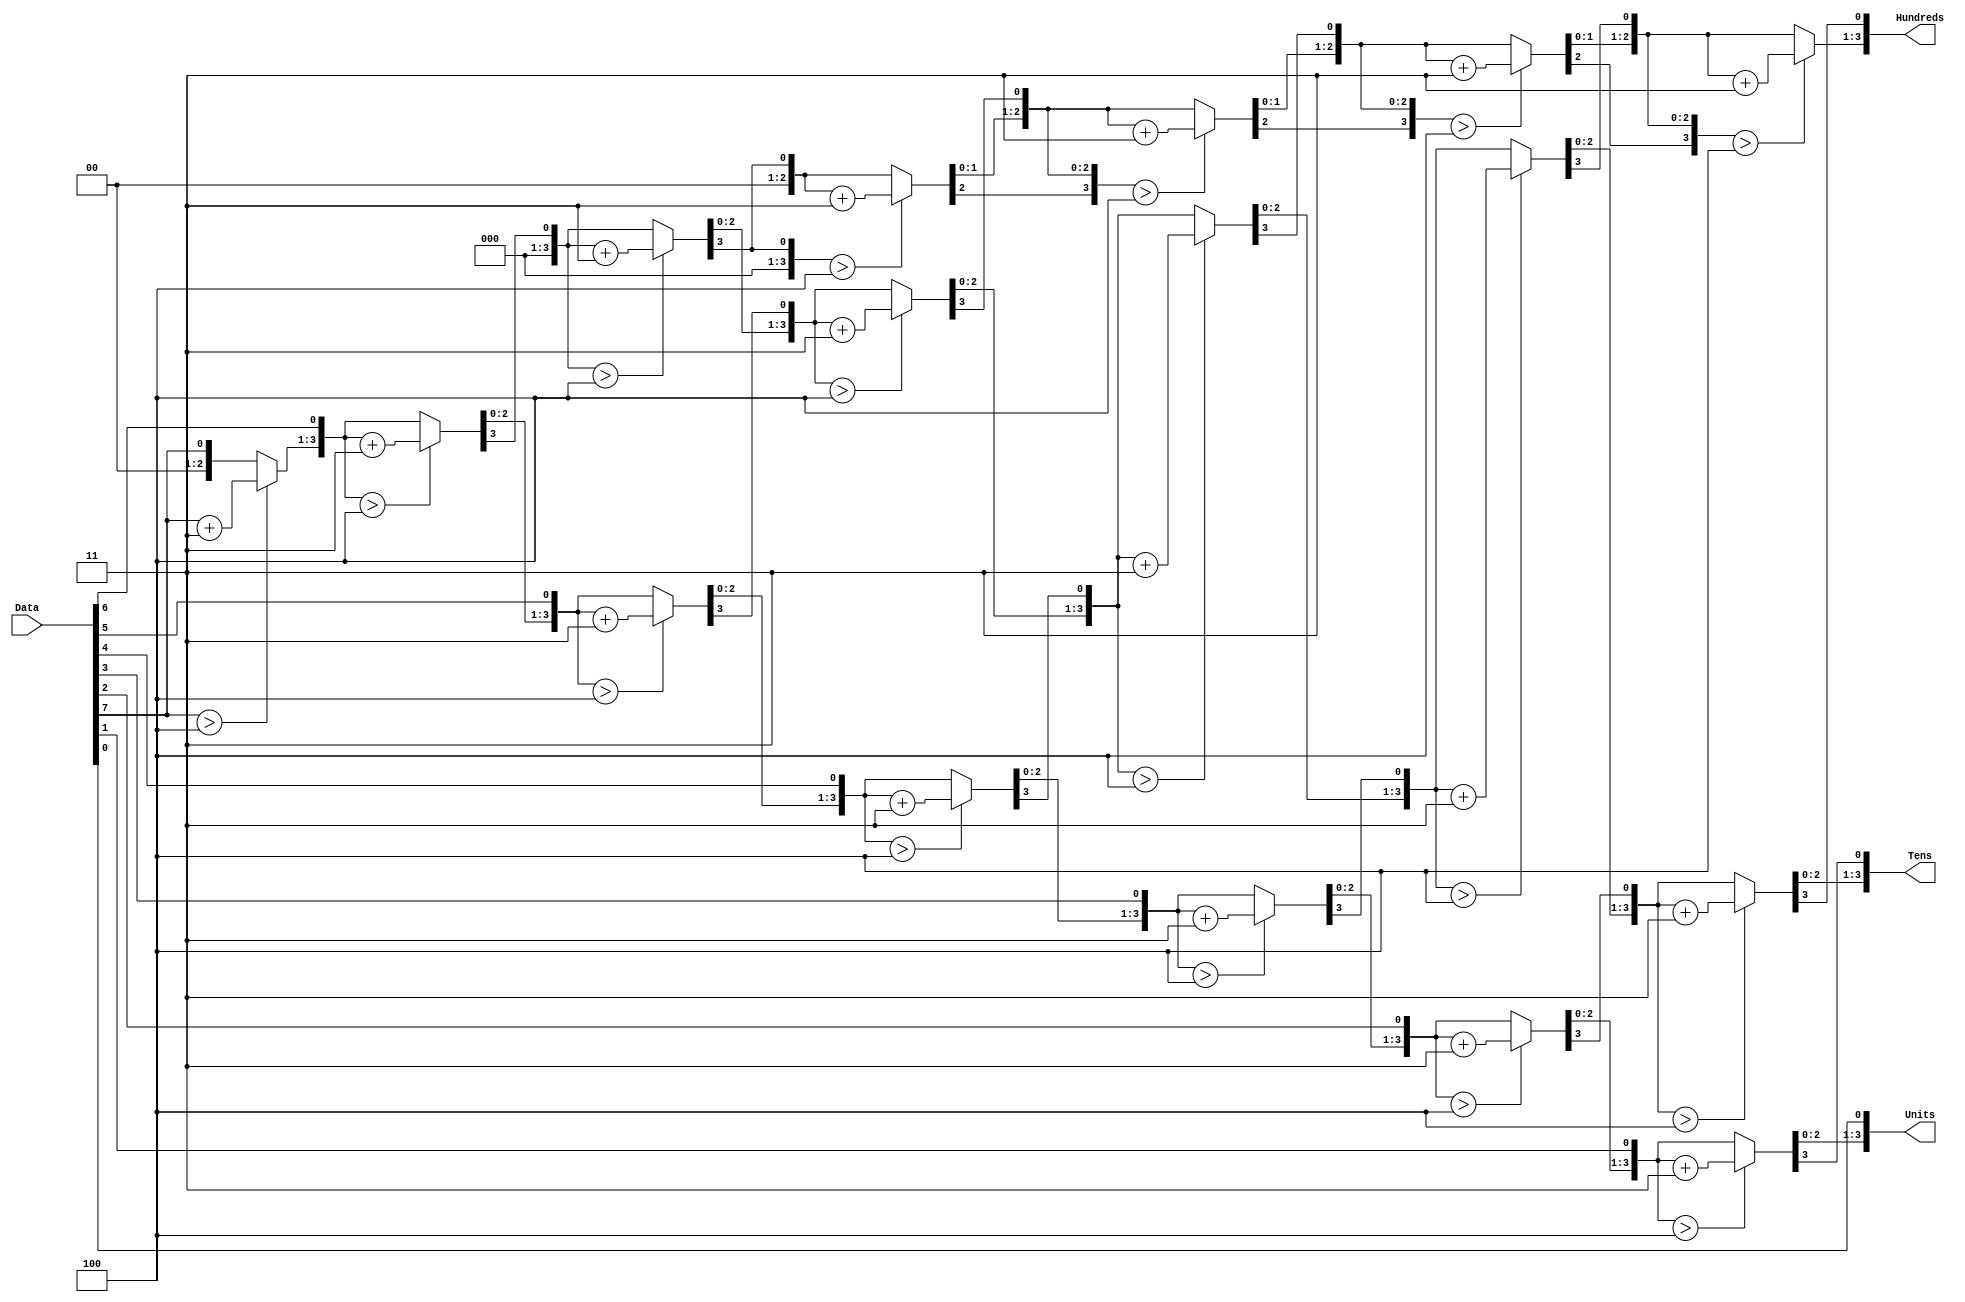
// BIN_TO_BCD.v
module BIN_to_BCD(Data,Units,Tens,Hundreds);
input[7:0]Data;
output[3:0]Units;
output[3:0]Tens;
output[3:0]Hundreds;
reg[3:0]units_r,tens_r,hundreds_r;
reg[7:0]dat_r;
reg[11:0]temp;
integer i;
assign Units=units_r;
assign Tens=tens_r;
assign Hundreds=hundreds_r;
always@(Data)
 begin
  dat_r=Data;
  temp=0;
  for(i=0;i<7;i=i+1)
   begin
    temp={temp[10:0],dat_r[7]};
    if(temp[3:0]>4'd4)
     temp[3:0]=temp[3:0]+4'd3;
    if(temp[7:4]>4'd4)
     temp[7:4]=temp[7:4]+4'd3;
    if(temp[11:8]>4'd4)
     temp[11:8]=temp[11:8]+4'd3;
    dat_r=dat_r<<1;
    {hundreds_r,tens_r,units_r}={temp[10:0],Data[0]};
   end
  end
endmodule